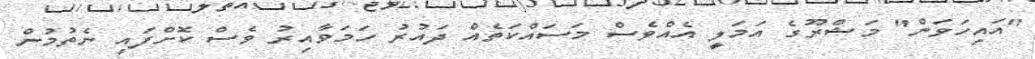
"އައިހަވަން" މަޝްރޫގެ އަމަލީ އެއްވެސް މަސައްކަތެއް ދައުރު ހަމަވާއިރު ވެސް ކޮށްފައި ނެތުމުން